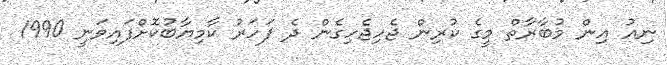
ނިއު އިން މުބާރާތް މީގެ ކުރިން ޖެހިޖެހިގެން ދެ ފަހަރު ކާމިޔާބުކޮށްފައިވަނީ 1990